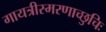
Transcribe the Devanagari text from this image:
गायत्रीस्मरणाच्छुचिः